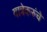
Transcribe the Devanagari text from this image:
यात्रेकरुंचे